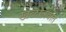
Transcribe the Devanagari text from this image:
खेळोत्स्वात